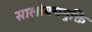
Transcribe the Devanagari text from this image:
सालोक्यमुक्ति